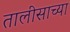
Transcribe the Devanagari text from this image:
तालीसाच्या